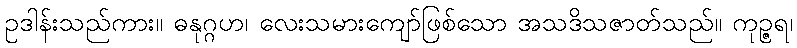
ဥဒါန်းသည်ကား။ ဓနုဂ္ဂဟ၊ လေးသမားကျော်ဖြစ်သော အသဒိသဇာတ်သည်။ ကုဉ္ဇရ၊